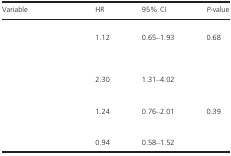
<table><thead><tr><td><b>Variable</b></td><td><b>HR</b></td><td><b>95% CI</b></td><td><b><i>P</i>-value</b></td></tr></thead><tbody><tr><td colspan="4">[EMPTY_CELL]</td></tr><tr><td>[EMPTY_CELL]</td><td>1.12</td><td>0.65–1.93</td><td>0.68</td></tr><tr><td>[EMPTY_CELL]</td><td>[EMPTY_CELL]</td><td>[EMPTY_CELL]</td><td>[EMPTY_CELL]</td></tr><tr><td colspan="4">[EMPTY_CELL]</td></tr><tr><td>[EMPTY_CELL]</td><td>[EMPTY_CELL]</td><td>[EMPTY_CELL]</td><td>[EMPTY_CELL]</td></tr><tr><td>[EMPTY_CELL]</td><td>2.30</td><td>1.31–4.02</td><td>[EMPTY_CELL]</td></tr><tr><td colspan="4">[EMPTY_CELL]</td></tr><tr><td>[EMPTY_CELL]</td><td>[EMPTY_CELL]</td><td>[EMPTY_CELL]</td><td>[EMPTY_CELL]</td></tr><tr><td>[EMPTY_CELL]</td><td>1.24</td><td>0.76–2.01</td><td>0.39</td></tr><tr><td colspan="4">[EMPTY_CELL]</td></tr><tr><td>[EMPTY_CELL]</td><td>[EMPTY_CELL]</td><td>[EMPTY_CELL]</td><td>[EMPTY_CELL]</td></tr><tr><td>[EMPTY_CELL]</td><td>0.94</td><td>0.58–1.52</td><td>[EMPTY_CELL]</td></tr></tbody></table>